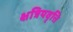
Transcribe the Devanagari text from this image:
क्षत्रियवृत्ति